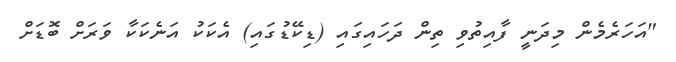
"އަހަރެމެން މިދަނީ ފާއިތުވި ތިން ދަހައިގައި (ޑިކޭޑުގައި) އެކަކު އަނެކަކާ ވަރަށް ބޮޑަށް